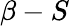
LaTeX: \beta-S